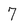
Character: 7